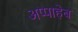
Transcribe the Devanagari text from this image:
अप्पाहेब